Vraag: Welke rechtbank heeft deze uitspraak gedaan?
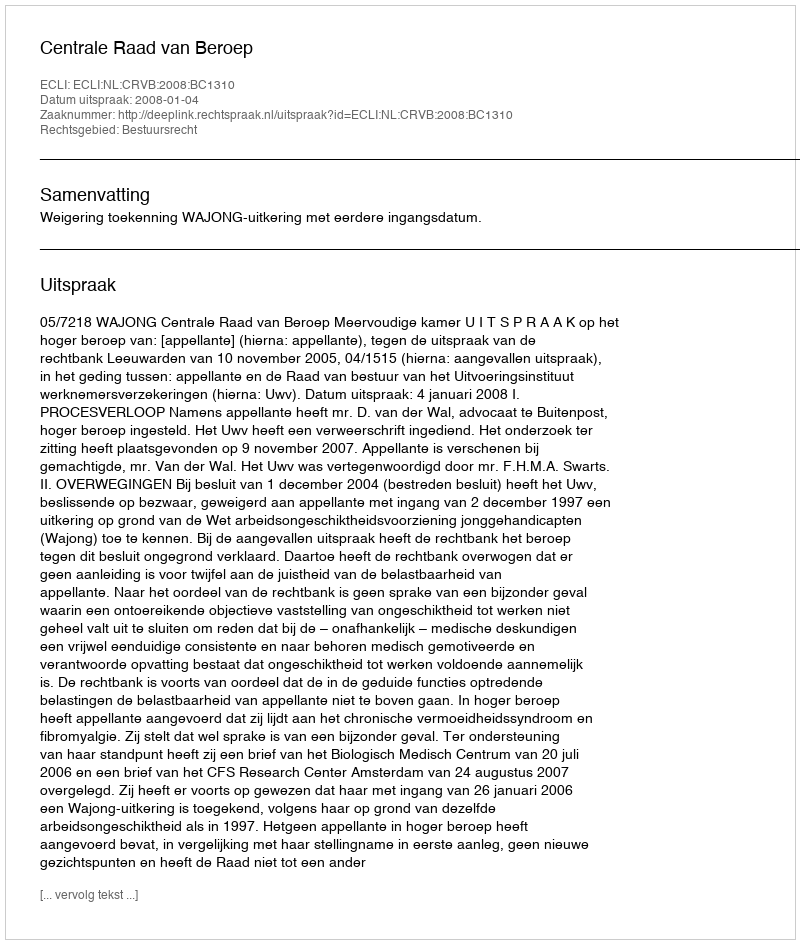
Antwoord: Centrale Raad van Beroep